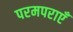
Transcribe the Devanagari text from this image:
परमपराएँ